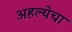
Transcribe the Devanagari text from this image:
अहल्येचा